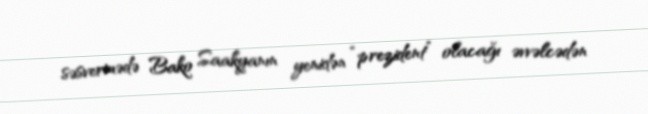
səsvermədə Bako Saakyanın yenidən “prezident” olacağı əvvəlcədən